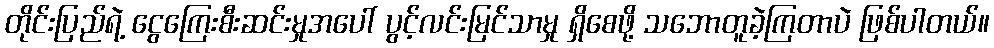
တိုင်းပြည်ရဲ့ ငွေကြေးစီးဆင်းမှုအပေါ် ပွင့်လင်းမြင်သာမှု ရှိစေဖို့ သဘောတူခဲ့ကြတာပဲ ဖြစ်ပါတယ်။